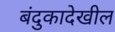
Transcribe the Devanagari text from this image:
बंदुकादेखील